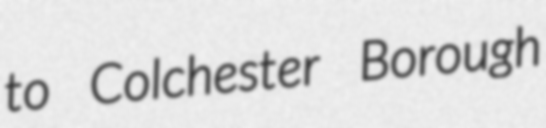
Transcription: to Colchester Borough